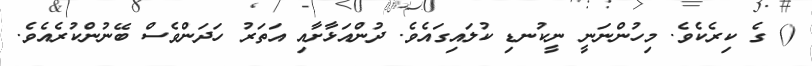
() ގެ ކިރެކެވެ. މިހުންނަނީ ނީކުނޑި ކުލައިގައެވެ. ދުންއަޅާށާއި އަތަރު ހަދަންވެސް ބޭނުންކުރެއެވެ.